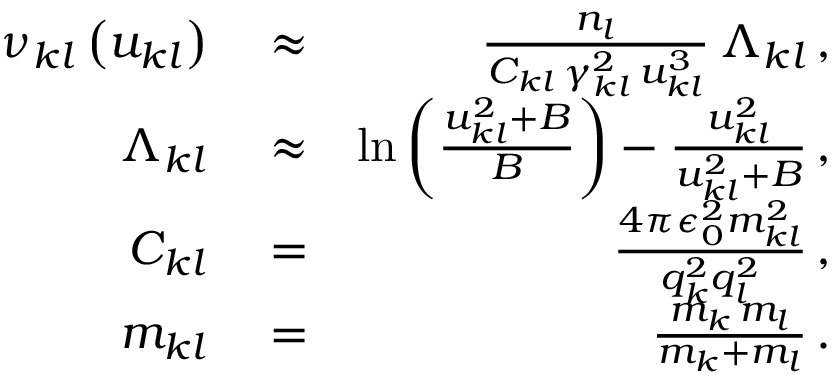
\begin{array} { r l r } { \nu _ { k l } \left( u _ { k l } \right) } & { { } \approx } & { \frac { n _ { l } } { C _ { k l } \, \gamma _ { k l } ^ { 2 } \, u _ { k l } ^ { 3 } } \, \Lambda _ { k l } \, , } \\ { \Lambda _ { k l } } & { { } \approx } & { \ln \left( \frac { u _ { k l } ^ { 2 } + B } { B } \right) - \frac { u _ { k l } ^ { 2 } } { u _ { k l } ^ { 2 } + B } \, , } \\ { C _ { k l } } & { { } = } & { \frac { 4 \pi \epsilon _ { 0 } ^ { 2 } m _ { k l } ^ { 2 } } { q _ { k } ^ { 2 } q _ { l } ^ { 2 } } \, , } \\ { m _ { k l } } & { { } = } & { \frac { m _ { k } \, m _ { l } } { m _ { k } + m _ { l } } \, . } \end{array}